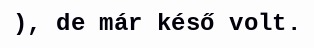
), de már késő volt.